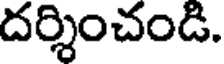
దర్శించండి.